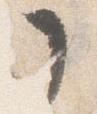
了